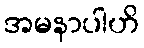
အမနာပါဟိ